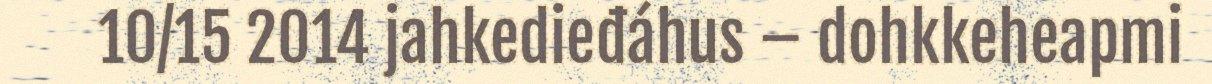
10/15 2014 jahkedieđáhus – dohkkeheapmi